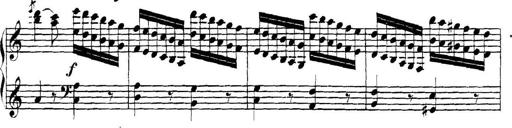
Title: Collected Piano Sonatas
Composer: Muzio Clementi